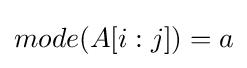
mode(A[i:j])=a